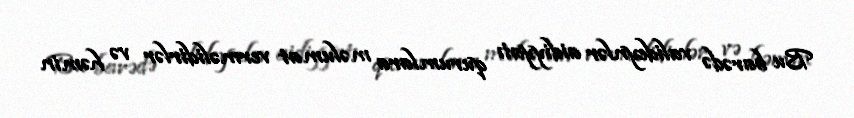
Bu barədə valideynlər aidiyyatı qurumlara məlumat verməlidirlər və həmin